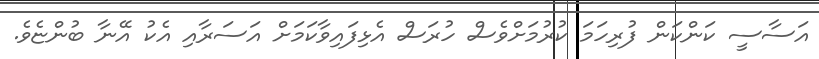
އަސާސީ ކަންކަން ފުރިހަމަ ކުރުމަށްވެސް ހުރަސް އެޅިފައިވާކަމަށް އަސަރާއި އެކު އޭނާ ބުންޏެވެ.